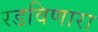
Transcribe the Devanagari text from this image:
रडविणारा